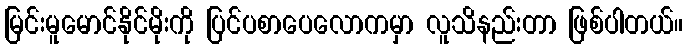
မြင်းမူမောင်နိုင်မိုးကို ပြင်ပစာပေလောကမှာ လူသိနည်းတာ ဖြစ်ပါတယ်။